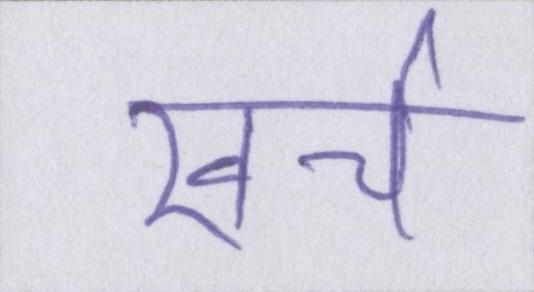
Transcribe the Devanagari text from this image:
खर्च